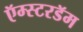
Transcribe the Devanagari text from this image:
ऍम्स्टरडॅम